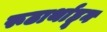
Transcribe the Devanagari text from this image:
रूढार्थाहून